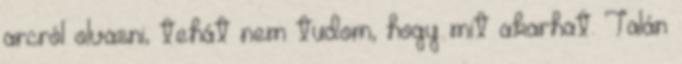
arcról olvasni, tehát nem tudom, hogy mit akarhat. Talán